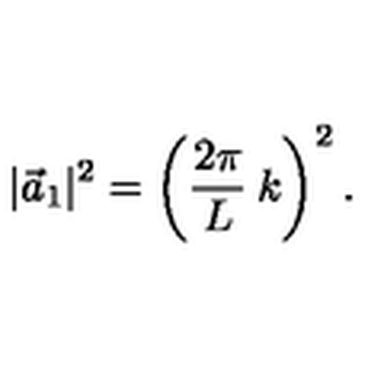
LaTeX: | \vec { a } _ { 1 } | ^ { 2 } = \left( \frac { 2 \pi } { L } \: k \right) ^ { 2 } .